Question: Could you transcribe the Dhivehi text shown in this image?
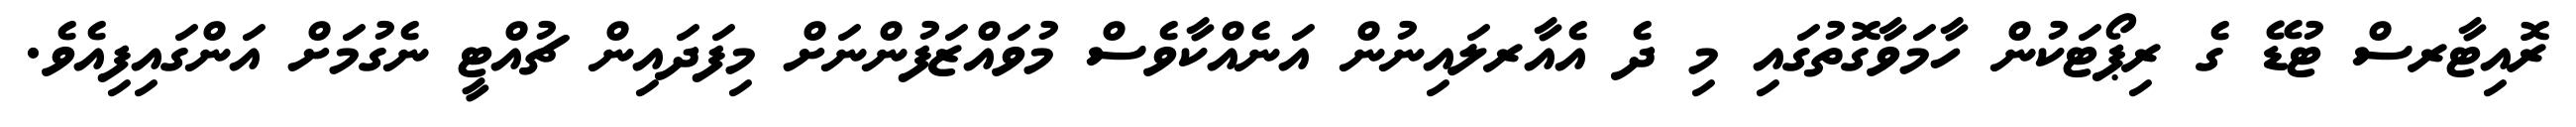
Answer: ރޮއިޓާރސް ޓުޑޭ ގެ ރިޕޯޓަކުން ހާމަވާގޮތުގައި މި ދެ އެއާރލައިނުން އަނެއްކާވެސް މުވައްޒަފުންނަށް މިފަދައިން ޗުއްޓީ ނެގުމަށް އަންގައިފިއެވެ.